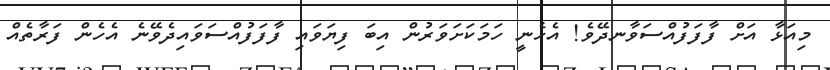
މިއަޅާ އަށް ފާފަފުއްސަވާނދޭވެ! އެހެނީ ހަމަކަށަވަރުން އިބަ ފިޔަވައި ފާފަފުއްސަވައިދެވޭނެ އެހެން ފަރާތެއް